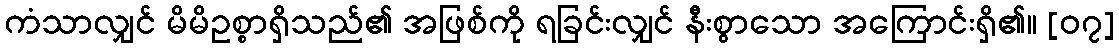
ကံသာလျှင် မိမိဥစ္စာရှိသည်၏ အဖြစ်ကို ရခြင်းလျှင် နီးစွာသော အကြောင်းရှိ၏။ [၀၇]